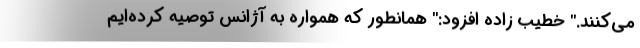
می‌كنند." خطیب زاده افزود:" همانطور که همواره به آژانس توصیه کرده‌ایم